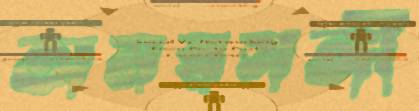
অমরসঙ্গী